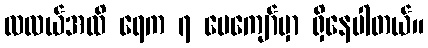
လလယ်အထိ ရေက ၇ ပေကျော်မှာ ရှိနေပါတယ်။